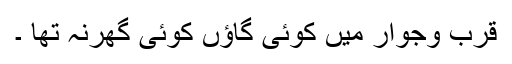
قرب وجوار میں کوئی گاﺅں کوئی گھرنہ تھا ۔